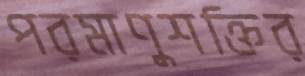
পরমাণুশক্তির